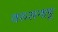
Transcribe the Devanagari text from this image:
वरुसनाडू